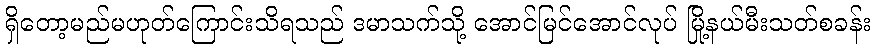
ရှိတော့မည်မဟုတ်ကြောင်းသိရသည် ဒမာသက်သို့ အောင်မြင်အောင်လုပ် မြို့နယ်မီးသတ်စခန်း